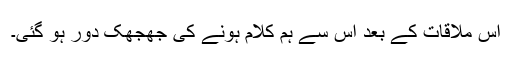
اس ملاقات کے بعد اس سے ہم کلام ہونے کی جھجھک دُور ہو گئی۔